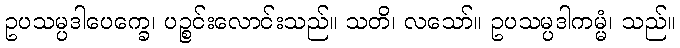
ဥပသမ္ပဒါပေက္ခေ၊ ပဉ္စင်းလောင်းသည်။ သတိ၊ လသော်။ ဥပသမ္ပဒါကမ္မံ၊ သည်။